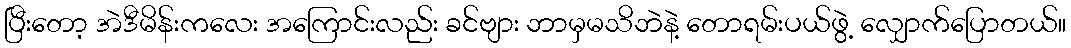
ပြီးတော့ အဲဒီမိန်းကလေး အကြောင်းလည်း ခင်ဗျား ဘာမှမသိဘဲနဲ့ တောရမ်းပယ်ဖွဲ့ လျှောက်ပြောတယ်။